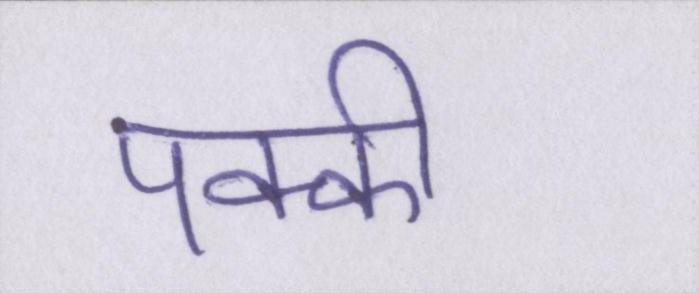
पक्की